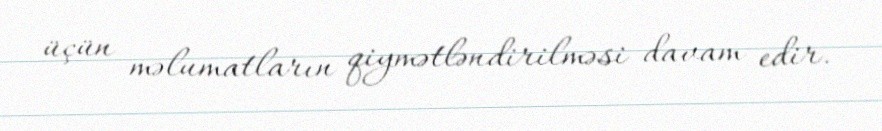
üçün məlumatların qiymətləndirilməsi davam edir.